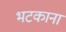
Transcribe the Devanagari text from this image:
भटकाना